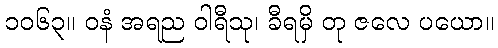
၁၀၆၃။ ဝနံ အရည ဝါရီသု၊ ခီရမှိ တု ဇလေ ပယော။